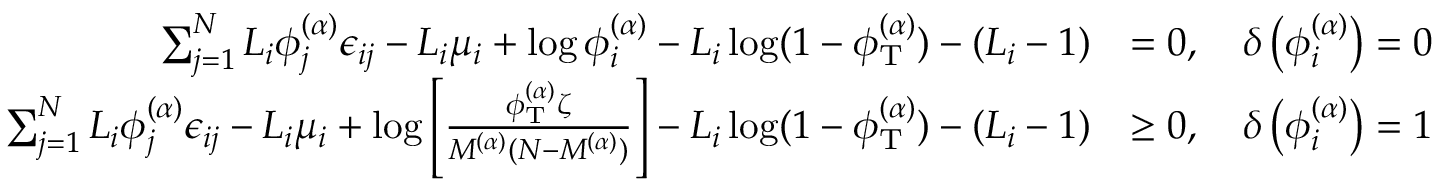
\begin{array} { r l } { \sum _ { j = 1 } ^ { N } L _ { i } \phi _ { j } ^ { ( \alpha ) } \epsilon _ { i j } - L _ { i } \mu _ { i } + \log \phi _ { i } ^ { ( \alpha ) } - L _ { i } \log ( 1 - \phi _ { \mathrm { T } } ^ { ( \alpha ) } ) - ( L _ { i } - 1 ) } & { = 0 , \quad \delta \left( \phi _ { i } ^ { ( \alpha ) } \right) = 0 } \\ { \sum _ { j = 1 } ^ { N } L _ { i } \phi _ { j } ^ { ( \alpha ) } \epsilon _ { i j } - L _ { i } \mu _ { i } + \log \left[ \frac { \phi _ { \mathrm { T } } ^ { ( \alpha ) } \zeta } { M ^ { ( \alpha ) } ( N - M ^ { ( \alpha ) } ) } \right] - L _ { i } \log ( 1 - \phi _ { \mathrm { T } } ^ { ( \alpha ) } ) - ( L _ { i } - 1 ) } & { \ge 0 , \quad \delta \left( \phi _ { i } ^ { ( \alpha ) } \right) = 1 } \end{array}